Scottish Leaving Certificate Examination, 1958
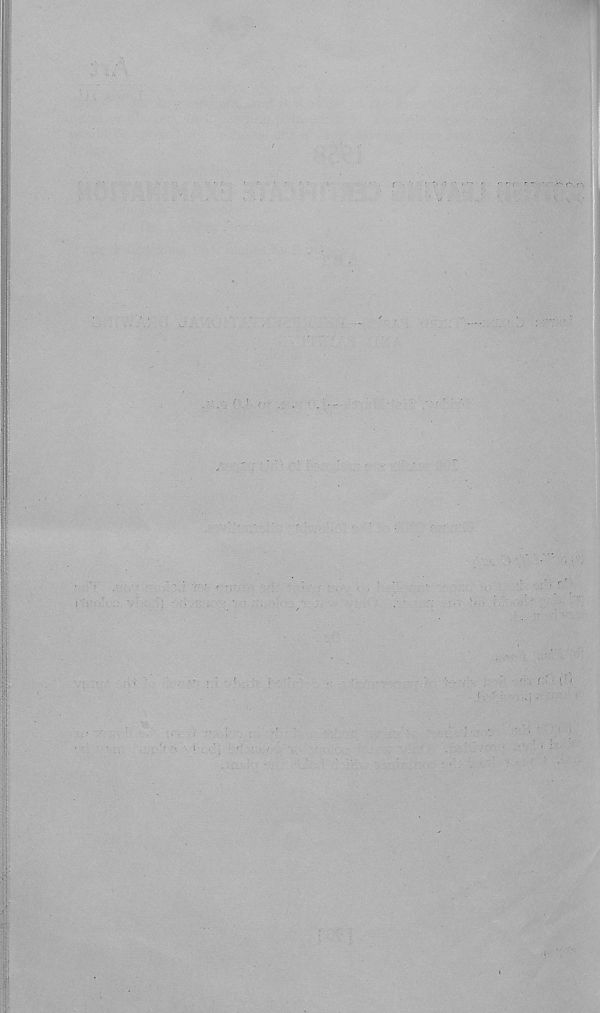
■
'
M-
‘
‘ '
. ■ ' ■